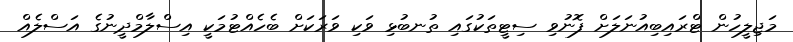
މަޖިލީހުން ޓްރައިބިއުނަލަށް ފޮނުވި ސިޓީތަކުގައި ތުނބުޅި ވަކި ވަރަކަށް ބެހެއްޓުމަކީ އިސްލާމްދީނުގެ އަސްލެއް